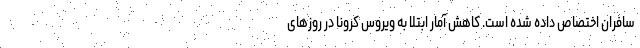
سافران اختصاص داده شده است. کاهش آمار ابتلا به ویروس کرونا در روزهای